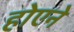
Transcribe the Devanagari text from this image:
होएने